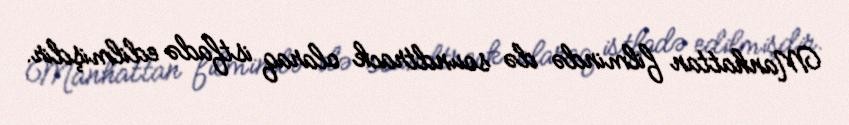
Manhattan filmində də soundtrack olaraq istfadə edilmişdir.